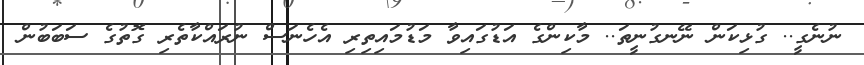
ނުނެގީ.. ގުޅިކަން ނޭނގުނީތަ.. މާކިންގެ އަޑުގައިވާ މަޑުމައިތިރި އެހެނަސް ނުރައްކާތެރި ގޮތުގެ ސަބަބުން